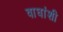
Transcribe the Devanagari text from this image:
वाघांशी